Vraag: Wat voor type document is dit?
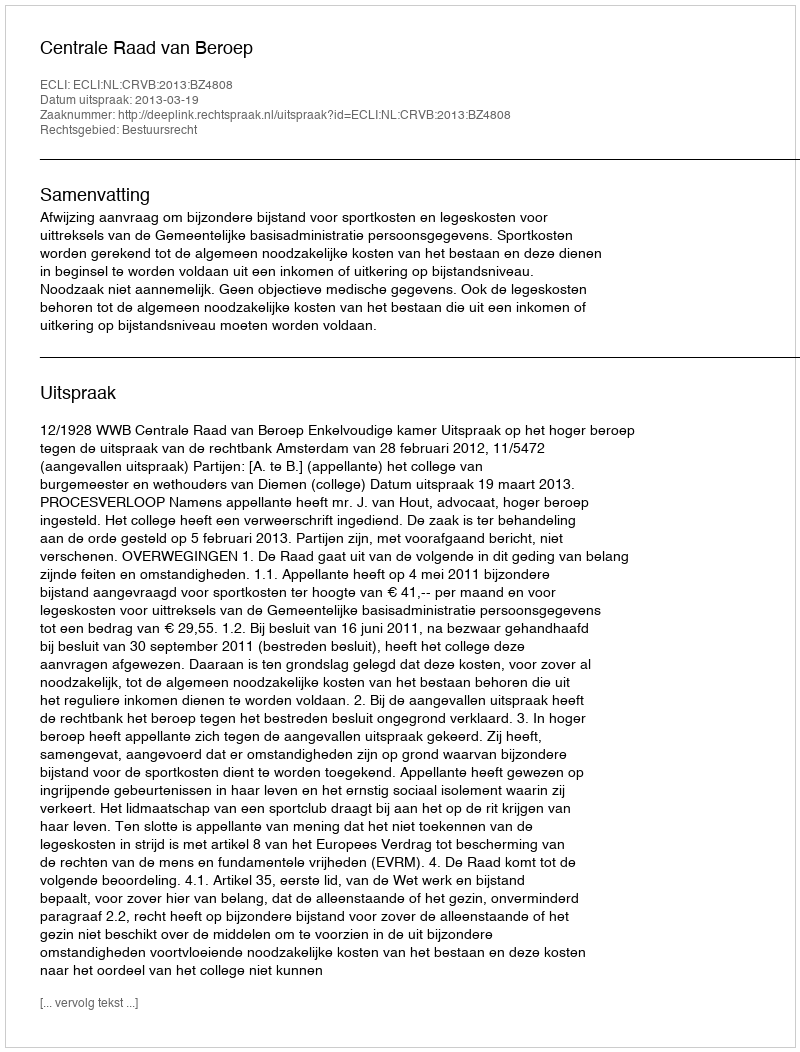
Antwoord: Uitspraak